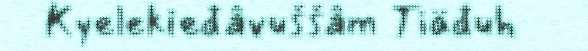
Kyelekieđâvuššâm Tiäđuh